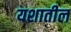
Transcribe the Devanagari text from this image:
यशातील